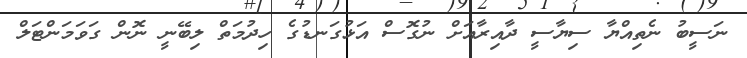
ނަސީބު ނެތިއްޔާ ސިޔާސީ ދާއިރާއަށް ނުގޮސް އަޅުގަނޑުގެ ހިދުމަތް ލިބޭނީ ނޮން ގަވަމަންޓަލް